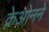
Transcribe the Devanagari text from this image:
क्रेओनने